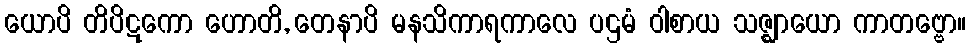
ယောပိ တိပိဋကော ဟောတိ, တေနာပိ မနသိကာရကာလေ ပဌမံ ဝါစာယ သဇ္ဈာယော ကာတဗ္ဗော။